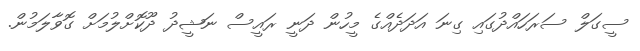
ސީގަލް ސަރަހައްދުގައި ގިނަ އަދަދެއްގެ މީހުން ދަނީ ރައީސް ނަޝީދު ދޫކޮށްލުމަށް ގޮވާލަމުން.